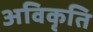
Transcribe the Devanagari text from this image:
अविकृति